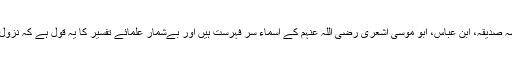
صحابۂ کرام رضی اللہ عنہم کی ایک کثیر تعداد جن میں ام المؤمنین حضرت عائشہ صدیقہ، ابن عباس، ابو موسی اشعری رضی اللہ عنہم کے اسماء سر فہرست ہیں اور بےشمار علمائے تفسیر کا یہ قول ہے کہ نزول قرآن کا آغاز اسی سورہ کی پہلی پانچ آیتوں سے ہوا، بقیہ آیات بعد میں نازل ہوئیں۔